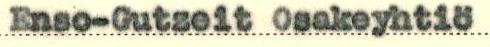
Enso-Gutzeit Osakeyhtiö